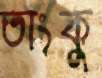
তাংকু